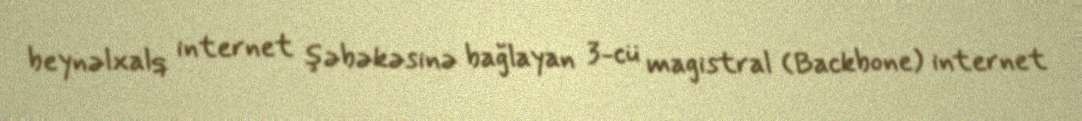
beynəlxalq internet şəbəkəsinə bağlayan 3-cü magistral (Backbone) internet